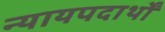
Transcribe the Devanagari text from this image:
न्यायपदार्थों